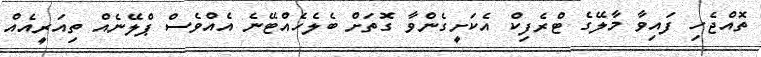
ތޮއްޖެހި ފައިވާ މާލޭގެ ޓްރެފިކް އެކަށީގެންވާ ގޮތަށް ބެލެހެއްޓޭނެ އެއްވެސް ޕްލޭނެއް ތިއަރީއެއް